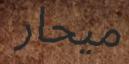
ميحار